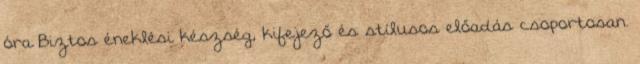
óra Biztos éneklési készség, kifejező és stílusos előadás csoportosan.